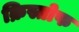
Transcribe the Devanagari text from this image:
क्रिस्तोफ